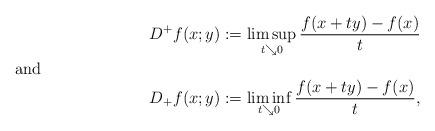
LaTeX: \begin{align*}{D^+}f(x;y)&:=\limsup_{t\searrow 0}\frac{f(x+ty)-f(x)}{t}\\\shortintertext{and}{D_+}f(x;y)&:=\liminf_{t\searrow 0}\frac{f(x+ty)-f(x)}{t},\end{align*}